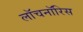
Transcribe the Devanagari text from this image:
लॉचनॉरिस